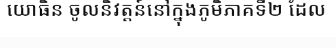
យោធិន ចូលនិវត្តន៍នៅក្នុងភូមិភាគទី២ ដែល